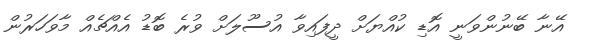
އޭނާ ބޭނުންވަނީ އޮޑި ކުއްޔަށް ދީފައިވާ އުސޫލަށް ވުރެ ބޮޑު އެއްޗެއް މާވަހަރުން